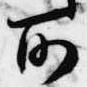
所